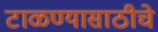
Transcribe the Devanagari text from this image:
टाळण्यासाठीचे